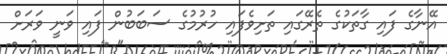
އޭނާގެ ފައި ގާތަކުގެ ތެރޭގައި ތަށިވެފައި ހުރުމުގެ ސަބަބުން ފައި ވަނީ ވަރަށް